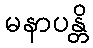
မနာပန္တိ